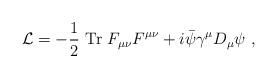
LaTeX: \begin{align*}{\cal L}=-{1\over 2}~{\rm Tr} ~F_{\mu\nu}F^{\mu\nu}+i\bar\psi \gamma^\mu D_\mu \psi~,\end{align*}